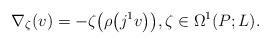
LaTeX: \begin{gather*}\nabla_\zeta(v)=-\zeta\big(\rho\big(j^1v\big)\big), \zeta\in\Omega^1(P;L).\end{gather*}